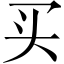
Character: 买